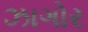
ઝાગોર